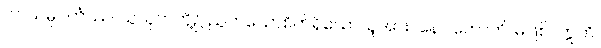
ပါပသမ္ပဝင်္ကဿ၊ သူယုတ်တို့၌ ညွတ်သောစိတ်ရှိသောသူအား။ နော ဟောတိ၊ မဖြစ်။ ဣတိ၊